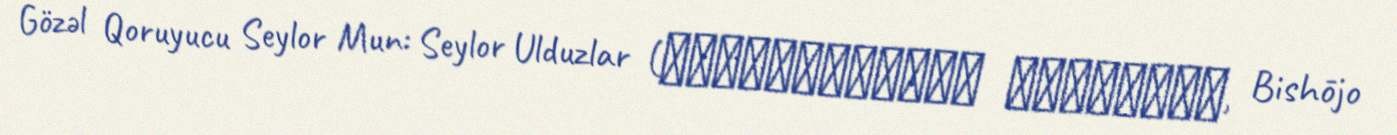
Gözəl Qoruyucu Seylor Mun: Seylor Ulduzlar (美少女戦士セーラームーン セーラースターズ, Bishōjo